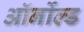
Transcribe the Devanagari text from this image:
ऑर्नोल्ड